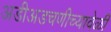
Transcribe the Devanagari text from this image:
अडीअडचणीच्यावेळी